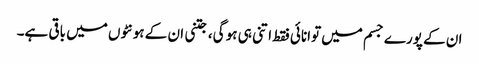
ان کے پورے جسم میں توانائی فقط اتنی ہی ہو گی، جتنی ان کے ہونٹوں میں باقی ہے۔